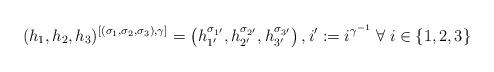
LaTeX: \begin{align*} (h_1, h_2, h_3)^{[(\sigma_1, \sigma_2, \sigma_3), \gamma]} = \left(h_{1'}^{\sigma_{1'}}, h_{2'}^{\sigma_{2'}}, h_{3'}^{\sigma_{3'}}\right), i' := i^{\gamma^{-1}} \; \forall\; i \in \{1,2,3\}\end{align*}